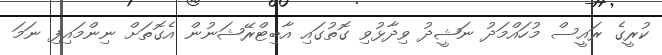
ކުރީގެ ރައީސް މުހައްމަދު ނަޝީދު ވިދާޅުވި ގޮތުގައި އާބިޓްރޭޝަނުން އެގޮތަށް ނިންމައިފި ނަމަ